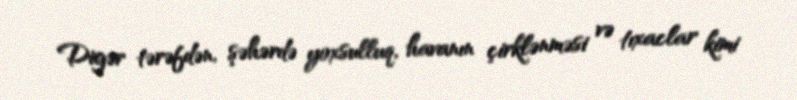
Digər tərəfdən, şəhərdə yoxsulluq, havanın çirklənməsi və tıxaclar kimi